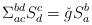
LaTeX: \begin{align*}\Sigma_{ac}^{bd} S_{d}^{c} = \check{g} S_{a}^{b}\end{align*}